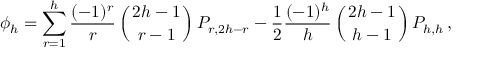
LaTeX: \phi _ { h } = \sum _ { r = 1 } ^ { h } { \frac { ( - 1 ) ^ { r } } { r } } \left( { 2 h - 1 \atop r - 1 } \right) P _ { r , 2 h - r } - { \frac { 1 } { 2 } } { \frac { ( - 1 ) ^ { h } } { h } } \left( { 2 h - 1 \atop h - 1 } \right) P _ { h , h } \, ,